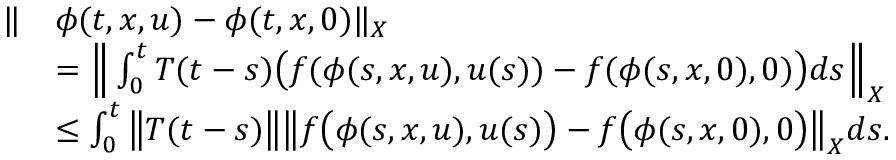
\begin{array} { r l } { \| } & { \phi ( t , x , u ) - \phi ( t , x , 0 ) \| _ { X } } \\ & { = \Big \| \int _ { 0 } ^ { t } T ( t - s ) \big ( f ( \phi ( s , x , u ) , u ( s ) ) - f ( \phi ( s , x , 0 ) , 0 ) \big ) d s \Big \| _ { X } } \\ & { \leq \int _ { 0 } ^ { t } \big \| T ( t - s ) \big \| \big \| f \big ( \phi ( s , x , u ) , u ( s ) \big ) - f \big ( \phi ( s , x , 0 ) , 0 \big ) \big \| _ { X } d s . } \end{array}